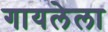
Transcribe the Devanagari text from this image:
गायलेला